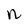
Character: n